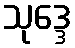
သုဒ္ဒေ